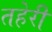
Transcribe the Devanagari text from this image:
तहेरी